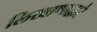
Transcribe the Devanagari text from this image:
लिखाणाद्वारे